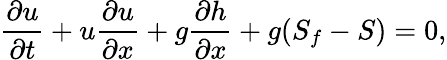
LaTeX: {\frac{\partial u}{\partial t}}+u{\frac{\partial u}{\partial x}}+g{\frac{\partial h}{\partial x}}+g(S_{f}-S)=0,